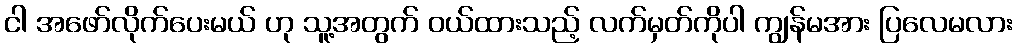
ငါ အဖော်လိုက်ပေးမယ် ဟု သူ့အတွက် ဝယ်ထားသည့် လက်မှတ်ကိုပါ ကျွန်မအား ပြလေမလား